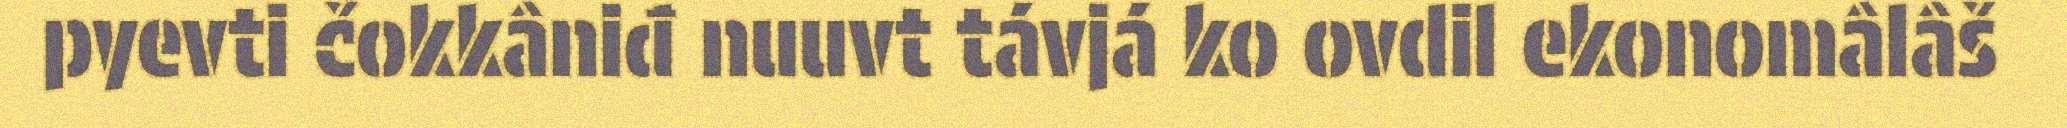
pyevti čokkâniđ nuuvt távjá ko ovdil ekonomâlâš